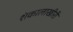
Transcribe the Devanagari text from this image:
शंकालाखीरी